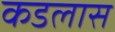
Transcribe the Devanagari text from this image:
कडलास